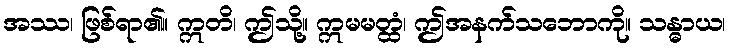
အဿ၊ ဖြစ်ရာ၏။ ဣတိ၊ ဤသို့။ ဣမမတ္ထံ၊ ဤအနက်သဘောကို။ သန္ဓာယ၊